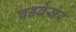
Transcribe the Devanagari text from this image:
बडवेसर